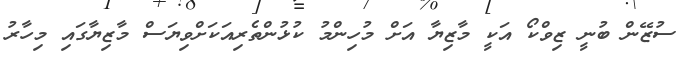
ސުޒޭން ބުނީ ޒިވްކޯ އަކީ މާޒިޔާ އަށް މުހިންމު ކުޅުންތެރިއަކަށްވިޔަސް މާޒިޔާގައި މިހާރު